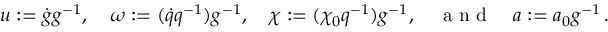
\begin{array} { r } { u : = \dot { g } g ^ { - 1 } , \quad \omega : = ( \dot { q } q ^ { - 1 } ) g ^ { - 1 } , \quad \chi : = ( \chi _ { 0 } q ^ { - 1 } ) g ^ { - 1 } , \quad \mathrm { ~ a ~ n ~ d ~ } \quad a : = a _ { 0 } g ^ { - 1 } \, . } \end{array}